Indian journal of veterinary science and animal husbandry - Volumes 15-17, 1948-1951
Year: 1948
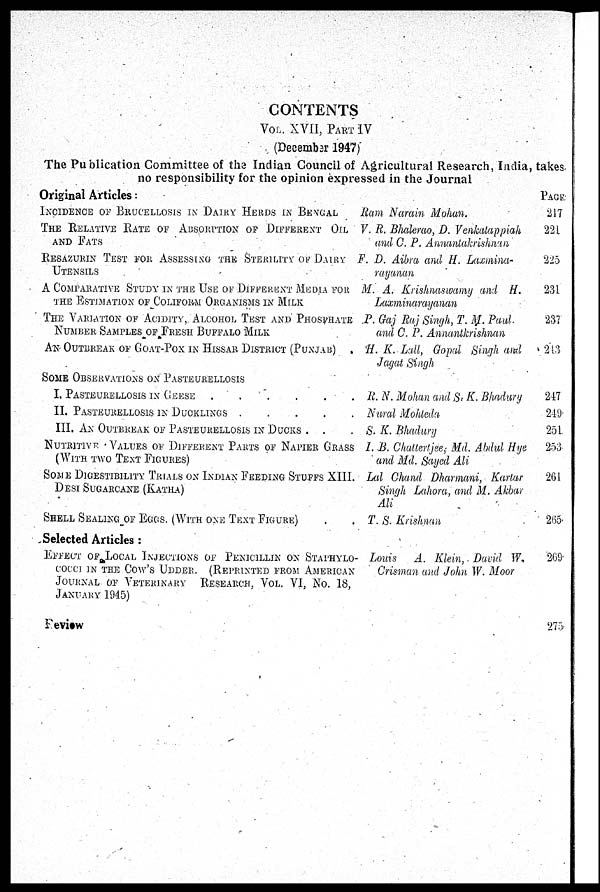
CONTENTS
VOL. XVII, PART IV
(Decembar 1947)
The Publication Committee of the Indian Council of Agricultural Research, India, takes
no responsibility for the opinion expressed in the Journal
Original Articles:
INCIDENCE OF BRUCELLOSIS IN DAIRY HERDS IN BENGAL
THE RELATIVE RATE OF ABSORPTION OF DIFFERENT OIL
AND FATS
RESAZURIN TEST FOR ASSESSING THE STERILITY OF DAIRY
UTENSILS
A COMPARATIVE STUDY IN THE USE OF DIFFERENT MEDIA FOR
THE ESTIMATION OF COLIFORM ORGANISMS IN MILK
THE VARIATION OF ACIDITY, ALCOHOL TEST AND PHOSPHATE
NUMBER SAMPLES OF FRESH BUFFALO MILK
AN OUTBREAK OF GOAT-POX IN HISSAR DISTRICT (PUNJAB) .
SOME OBSERVATIONS ON PASTEURELLOSIS
I. PASTEURELLOSIS IN GEESE . . . . .
II. PASTEURELLOSIS IN DUCKLINGS . . . . .
III. AN OUTBREAK OF PASTEURELLOSIS IN DUCKS . . .
NUTRITIVE VALUES OF DIFFERENT PARTS OF NAPIER GRASS
(WITH TWO TEXT FIGURES)
SOME DIGESTIBILITY TRIALS ON INDIAN FEEDING STUFFS XIII.
DESI SUGARCANE (KATHA)
SHELL SEALING OF EGGS. (WITH ONE TEXT FIGURE)
Selected Articles :
EFFECT OF LOCAL INJECTIONS OF PENICILLIN ON STAPHYLO-
COCCI IN THE COW'S UDDER. (REPRINTED FROM AMERICAN
JOURNAL OF VETERINARY RESEARCH, VOL. VI, NO. 18,
JANUARY 1945)
Review
Ram Narain Mohan.
V. R. Bhalerao, D. Venkatappiah
and C. P. Annantakrishnan
F. D. Aibra and H. Laxmina-
rayanan
M. A. Krishnaswamy and H.
Laxminarayanan
P. Gaj Raj Singh, T. M. Paul.
and C. P. Annantkrishnan
H. K. Lall, Gopal Singh and
Jagat Singh
R. N. Mohan and S. K. Bhadury
Nural Mohteda
S. K. Bhadury
I. B. Chattertjee; Md. Abdul Hye
and Md. Sayed Ali
Lal Chand Dharmani, Kartar
Singh Lahora, and M. Akbar
Ali
T. S. Krishnan
Louis A. Klein, David W.
Crisman and John W. Moor
PAGE
217
221
225
231
237
213
247
249
251
253
261
265
269
275